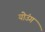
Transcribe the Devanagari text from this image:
योउंग